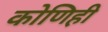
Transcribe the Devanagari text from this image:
कोणिही